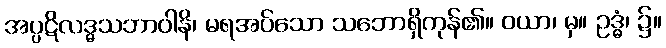
အပ္ပဋိလဒ္ဓသဘာဝါနိ၊ မရအပ်သော သဘောရှိကုန်၏။ ဝယာ၊ မှ။ ဥဒ္ဓံ၊ ၌။